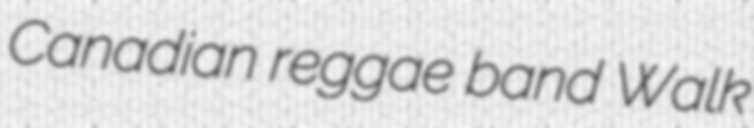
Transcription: Canadian reggae band Walk